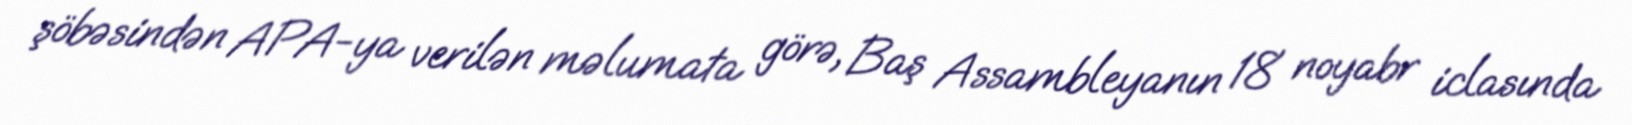
şöbəsindən APA-ya verilən məlumata görə, Baş Assambleyanın 18 noyabr iclasında